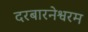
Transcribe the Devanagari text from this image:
दरबारनेश्वरम